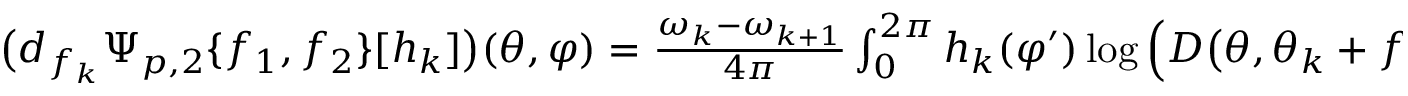
\begin{array} { r } { \big ( d _ { f _ { k } } \Psi _ { p , 2 } \{ f _ { 1 } , f _ { 2 } \} [ h _ { k } ] \big ) ( \theta , \varphi ) = \frac { \omega _ { k } - \omega _ { k + 1 } } { 4 \pi } \int _ { 0 } ^ { 2 \pi } h _ { k } ( \varphi ^ { \prime } ) \log \Big ( D \big ( \theta , \theta _ { k } + f _ { k } ( \varphi ^ { \prime } ) , \varphi , \varphi ^ { \prime } \big ) \Big ) \sin \big ( \theta _ { k } + f _ { k } ( \varphi ^ { \prime } ) \big ) d \varphi ^ { \prime } . } \end{array}